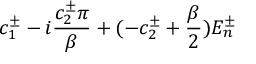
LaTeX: c _ { 1 } ^ { \pm } - i \frac { c _ { 2 } ^ { \pm } \pi } { \beta } + ( - c _ { 2 } ^ { \pm } + \frac { \beta } { 2 } ) E _ { n } ^ { \pm }